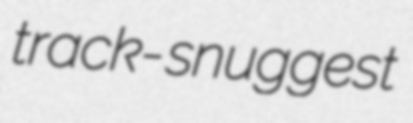
track- snuggest